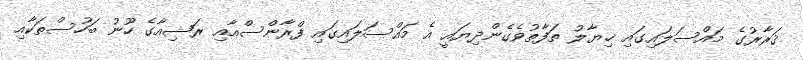
ޤަރާރުގެ މައްސަލައިގައި ޚިޔާލު ތަފާތުވެގެންދިޔައީ އެ މައްސަލައިގައި ފްރާންސްއާއި ރަޝިއާގެ ހޫނު ބަހުސްތަކާއި